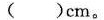
()cm。